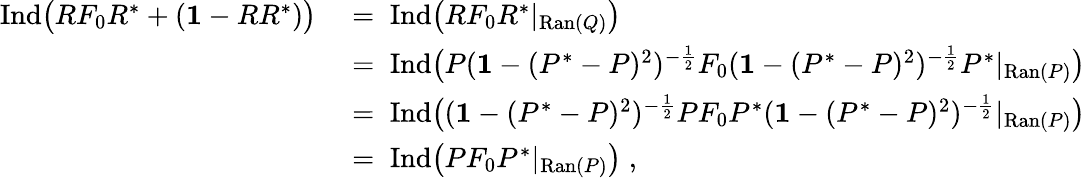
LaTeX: \begin{array}{rl}{\mathrm{Ind}\big(RF_{0}R^{*}+({\mathbf 1}-RR^{*})\big)}&{\; =\; \mathrm{Ind}\big(RF_{0}R^{*}|_{\mathrm{Ran}(Q)}\big)}\\ &{\; =\; \mathrm{Ind}\big(P({\mathbf 1}-(P^{*}-P)^{2})^{-\frac{1}{2}}F_{0}({\mathbf 1}-(P^{*}-P)^{2})^{-\frac{1}{2}}P^{*}|_{\mathrm{Ran}(P)}\big)}\\ &{\; =\; \mathrm{Ind}\big(({\mathbf 1}-(P^{*}-P)^{2})^{-\frac{1}{2}}PF_{0}P^{*}({\mathbf 1}-(P^{*}-P)^{2})^{-\frac{1}{2}}|_{\mathrm{Ran}(P)}\big)}\\ &{\; =\; \mathrm{Ind}\big(PF_{0}P^{*}|_{\mathrm{Ran}(P)}\big)\; ,}\end{array}